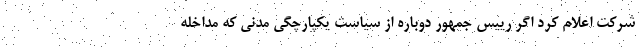
شرکت اعلام کرد اگر رییس جمهور دوباره از سیاست یکپارچگی مدنی که مداخله